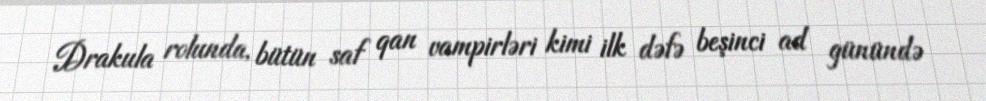
Drakula rolunda, bütün saf qan vampirləri kimi ilk dəfə beşinci ad günündə